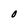
Character: O